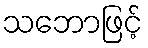
သဘောဖြင့်